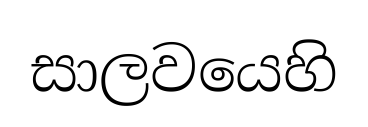
සාලවයෙහි